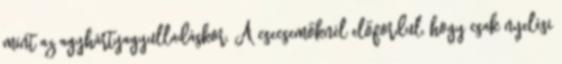
mint az agyhártyagyulladáskor. A csecsemőknél előfordul, hogy csak nyelési